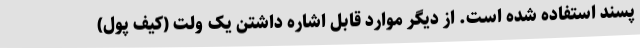
پسند استفاده شده است. از دیگر موارد قابل اشاره داشتن یک ولت (کیف پول)